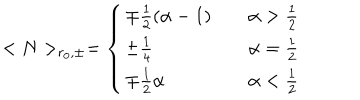
< N > _ { r _ { 0 } , \pm } = \left\{ \begin{array} { l l } { { \mp \frac { 1 } { 2 } \left( \alpha - 1 \right) } } & { { \quad \alpha > \frac { 1 } { 2 } } } \\ { { \pm \frac { 1 } { 4 } } } & { { \quad \alpha = \frac { 1 } { 2 } } } \\ { { \mp \frac { 1 } { 2 } \alpha } } & { { \quad \alpha < \frac { 1 } { 2 } } } \\ \end{array} \right.